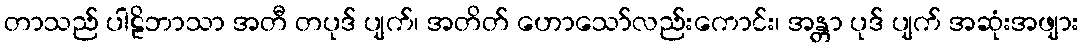
တာသည် ပါဠိဘာသာ အတီ တပုဒ် ပျက်၊ အတိတ် ဟောသော်လည်းကောင်း၊ အန္တာ ပုဒ် ပျက် အဆုံးအဖျား